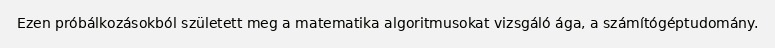
Ezen próbálkozásokból született meg a matematika algoritmusokat vizsgáló ága, a számítógéptudomány.